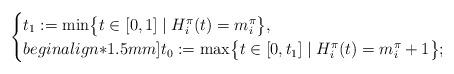
LaTeX: \begin{align*} \begin{cases}t_1 := \min \bigl\{ t \in [0,1] \mid H_i^{\pi}(t) = m_i^{\pi} \bigr\}, \\begin{align*}1.5mm]t_0 := \max \bigl\{ t \in [0,t_1] \mid H_i^{\pi}(t) = m_i^{\pi} + 1 \bigr\} ;\end{cases}\end{align*}